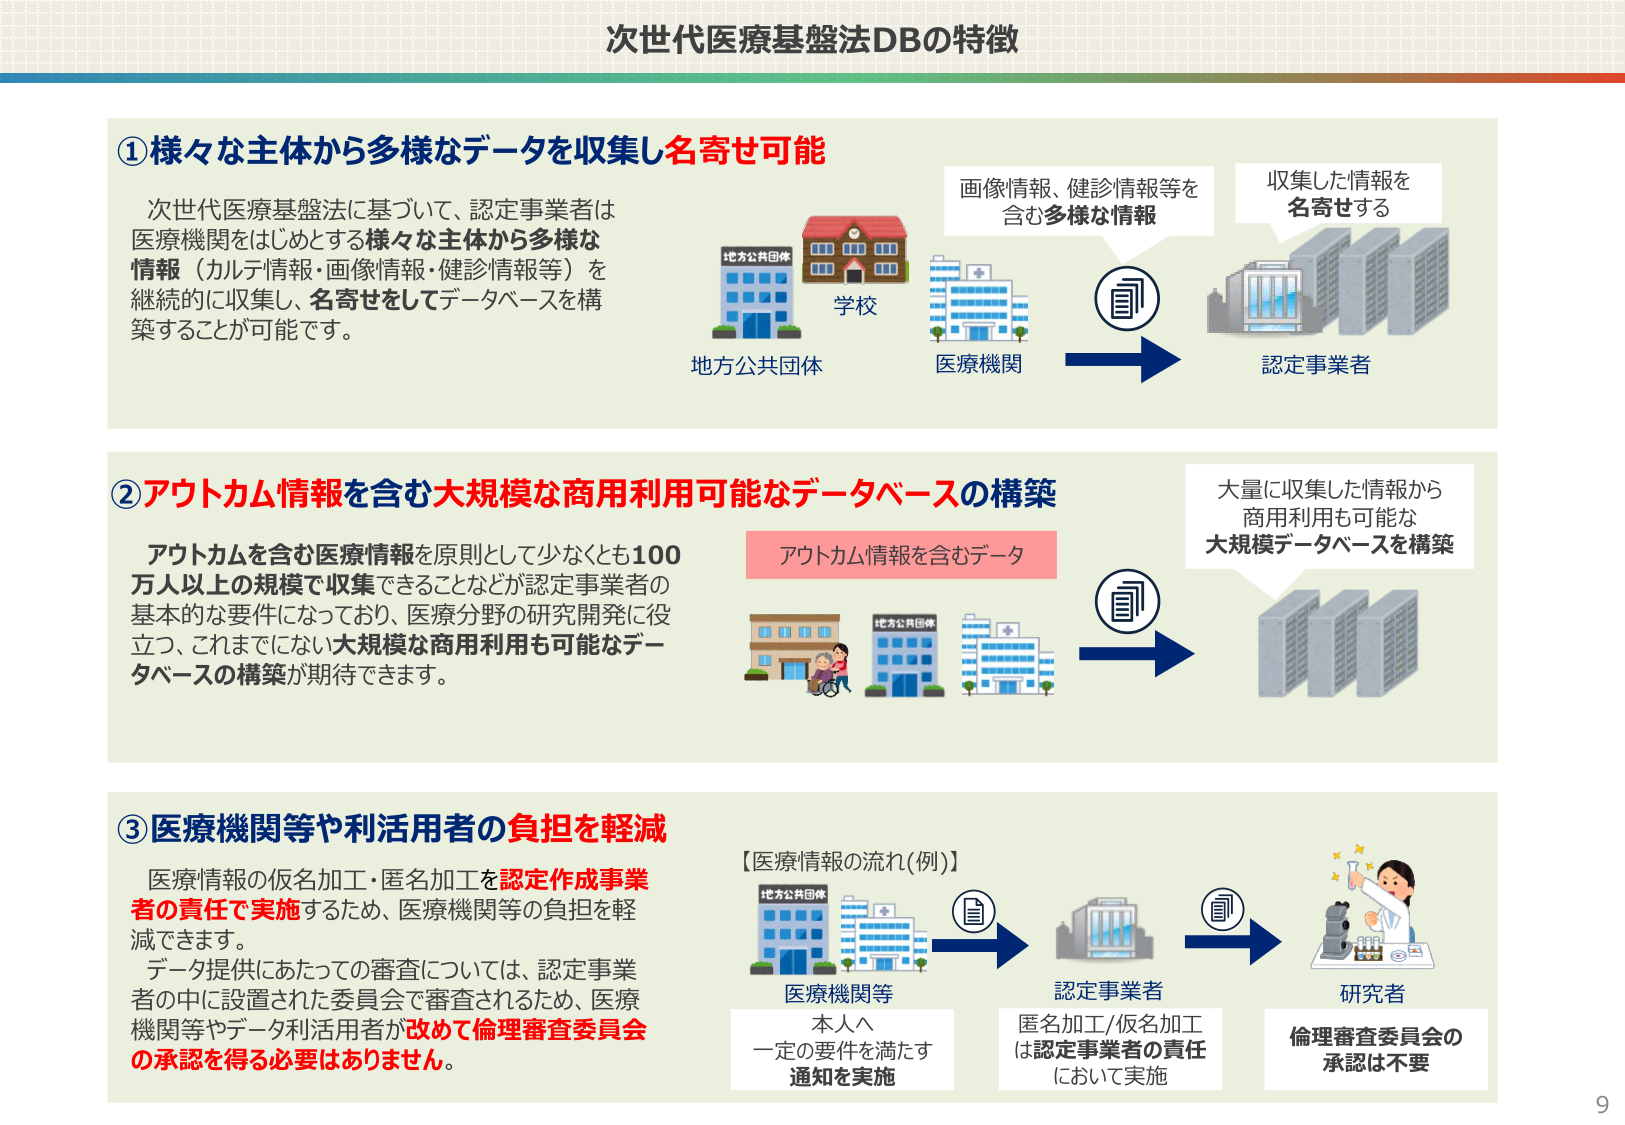
次世代医療基盤法DBの特徴

①様々な主体から多様なデータを収集し名寄せ可能
次世代医療基盤法に基づいて、認定事業者は
医療機関をはじめとする様々な主体から多様な
情報（カルテ情報・画像情報・健診情報等）を
継続的に収集し、名寄せをしてデータベースを構
築することが可能です。
地方公共団体
学校
医療機関
画像情報、健診情報等を
含む多様な情報
収集した情報を
名寄せする
認定事業者

②アウトカム情報を含む大規模な商用利用可能なデータベースの構築
アウトカムを含む医療情報を原則として少なくとも100
万人以上の規模で収集できることなどが認定事業者の
基本的な要件になっており、医療分野の研究開発に役
立つ、これまでにない大規模な商用利用も可能なデー
タベースの構築が期待できます。
アウトカム情報を含むデータ
大量に収集した情報から
商用利用も可能な
大規模データベースを構築

③医療機関等や利活用者の負担を軽減
医療情報の仮名加工・匿名加工を認定作成事業
者の責任で実施するため、医療機関等の負担を軽
減できます。
データ提供にあたっての審査については、認定事業
者の中に設置された委員会で審査されるため、医療
機関等やデータ利活用者が改めて倫理審査委員会
の承認を得る必要はありません。
【医療情報の流れ(例)】
医療機関等
本人へ
一定の要件を満たす
通知を実施
認定事業者
匿名加工/仮名加工
は認定事業者の責任
において実施
研究者
倫理審査委員会の
承認は不要

9